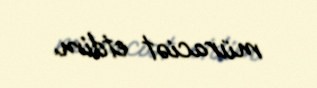
müraciət etdim.